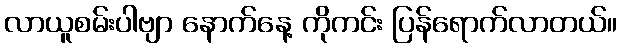
လာယူစမ်းပါဗျာ နောက်နေ့ ကိုကင်း ပြန်ရောက်လာတယ်။